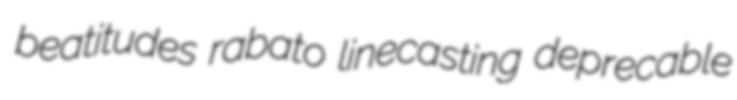
beatitudes rabato linecasting deprecable